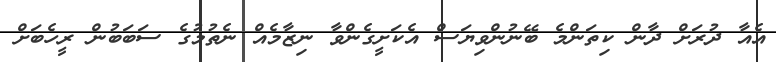
އެއާ ދުރަށް ދާން ކިތަންމެ ބޭނުންވިޔަސް އެކަށީގެންވާ ނިޒާމެއް ނެތުމުގެ ސަބަބުން ރީހެބަށް